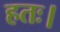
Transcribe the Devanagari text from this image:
हतः।